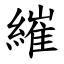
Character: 繀